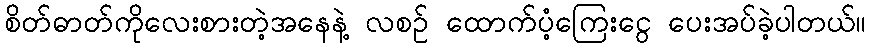
စိတ်ဓာတ်ကိုလေးစားတဲ့အနေနဲ့ လစဉ် ထောက်ပံ့ကြေးငွေ ပေးအပ်ခဲ့ပါတယ်။